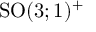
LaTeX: { \mathrm { S O } } ( 3 ; 1 ) ^ { + }